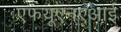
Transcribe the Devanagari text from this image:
एफयूएनएआई